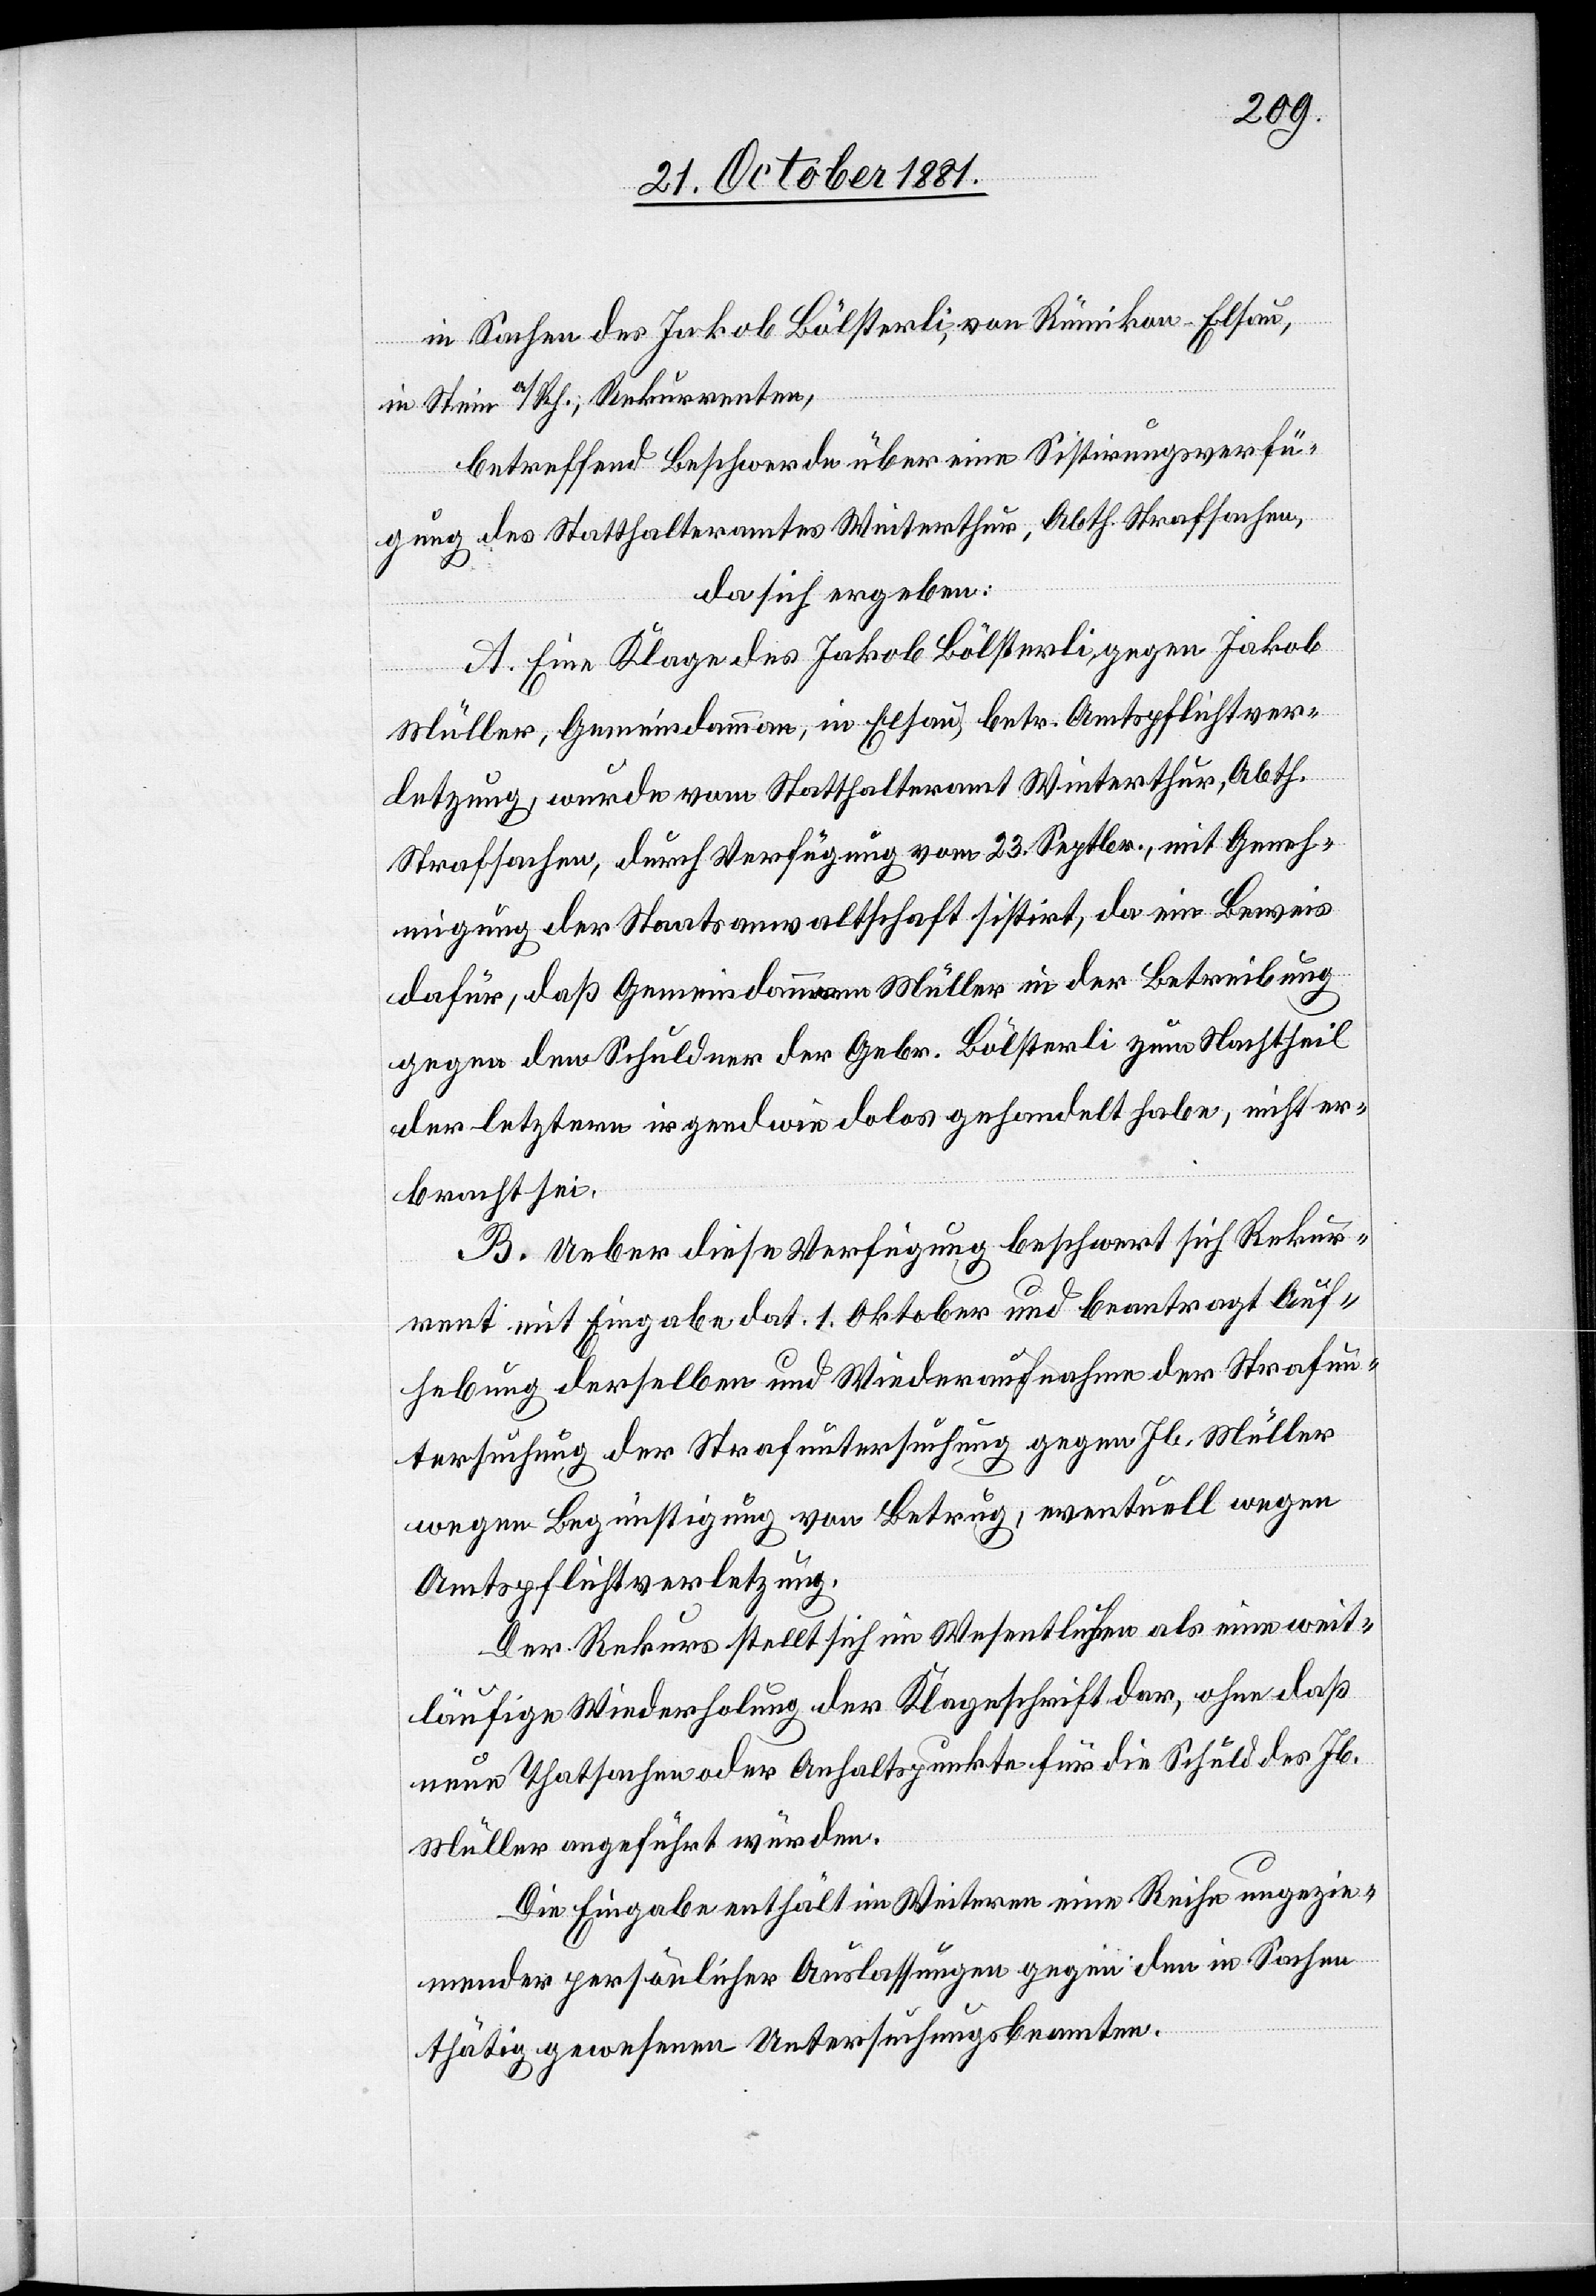
in Sachen des Jakob Bölsterli, von Rümikon - Elsau,
in Stein a/Rh.; Rekurrenten,
betreffend Beschwerde über eine Sistirungsverfü¬
gung des Statthalteramtes Winterthur, Abth. Strafsachen,
da sich ergeben:
A. Eine Klage des Jakob Bölsterli, gegen Jakob
Müller, Gemeindamman[n], in Elsau, betr. Amtspflichtver¬
letzung, wurde vom Statthalteramt Winterthur, Abth.
Strafsachen, durch Verfügung vom 23. Septbr., mit Geneh¬
migung der Staatsanwaltschaft sistirt, da ein Beweis
dafür, daß Gemeindammann Müller in der Betreibung
gegen den Schuldner der Gebr. Bölsterli zum Nachtheil
der letztern irgendwie dolos gehandelt habe, nicht er¬
bracht sei.
B. Ueber diese Verfügung beschwert sich Rekur¬
rent mit Eingabe dat. 1. Oktober und beantragt Auf¬
hebung derselben und Wiederaufnahme der Strafun¬
tersuchung der Strafuntersuchung [sic!] gegen Jb. Müller
wegen Begünstigung von Betrug, eventuell wegen
Amtspflichtverletzung.
Der Rekurs stellt sich im Wesentlichen als eine weit¬
läufige Wiederholung der Klageschrift dar, ohne daß
neue Thatsachen oder Anhaltspunkte für die Schuld des Jb.
Müller angeführt würden.
Die Eingabe enthält im Weiteren eine Reihe ungezie¬
mender persönlicher Auslassungen gegen den in Sachen
thätig gewesenen Untersuchungsbeamten.